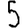
Digit: 5